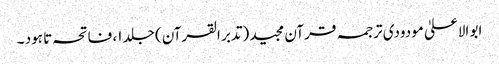
ابو الاعلیٰ مودودی ترجمہ قرآن مجید (تدبر القرآن) جلد ۱، فاتحہ تا ہود ۔